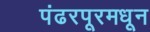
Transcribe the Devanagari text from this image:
पंढरपूरमधून